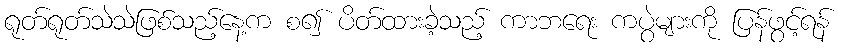
ရုတ်ရုတ်သဲသဲဖြစ်သည့်နေ့က စ၍ ပိတ်ထားခဲ့သည့် ကာဘရေး ကပွဲများကို ပြန်ဖွင့်ရန်